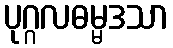
ပုဂ္ဂလဓမ္မဒသာ